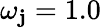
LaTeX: \omega_{\mathbf{j}}=1.0